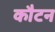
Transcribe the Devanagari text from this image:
कौटन